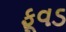
ફૂવડ